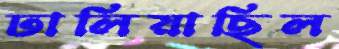
ঢালিয়াছিল